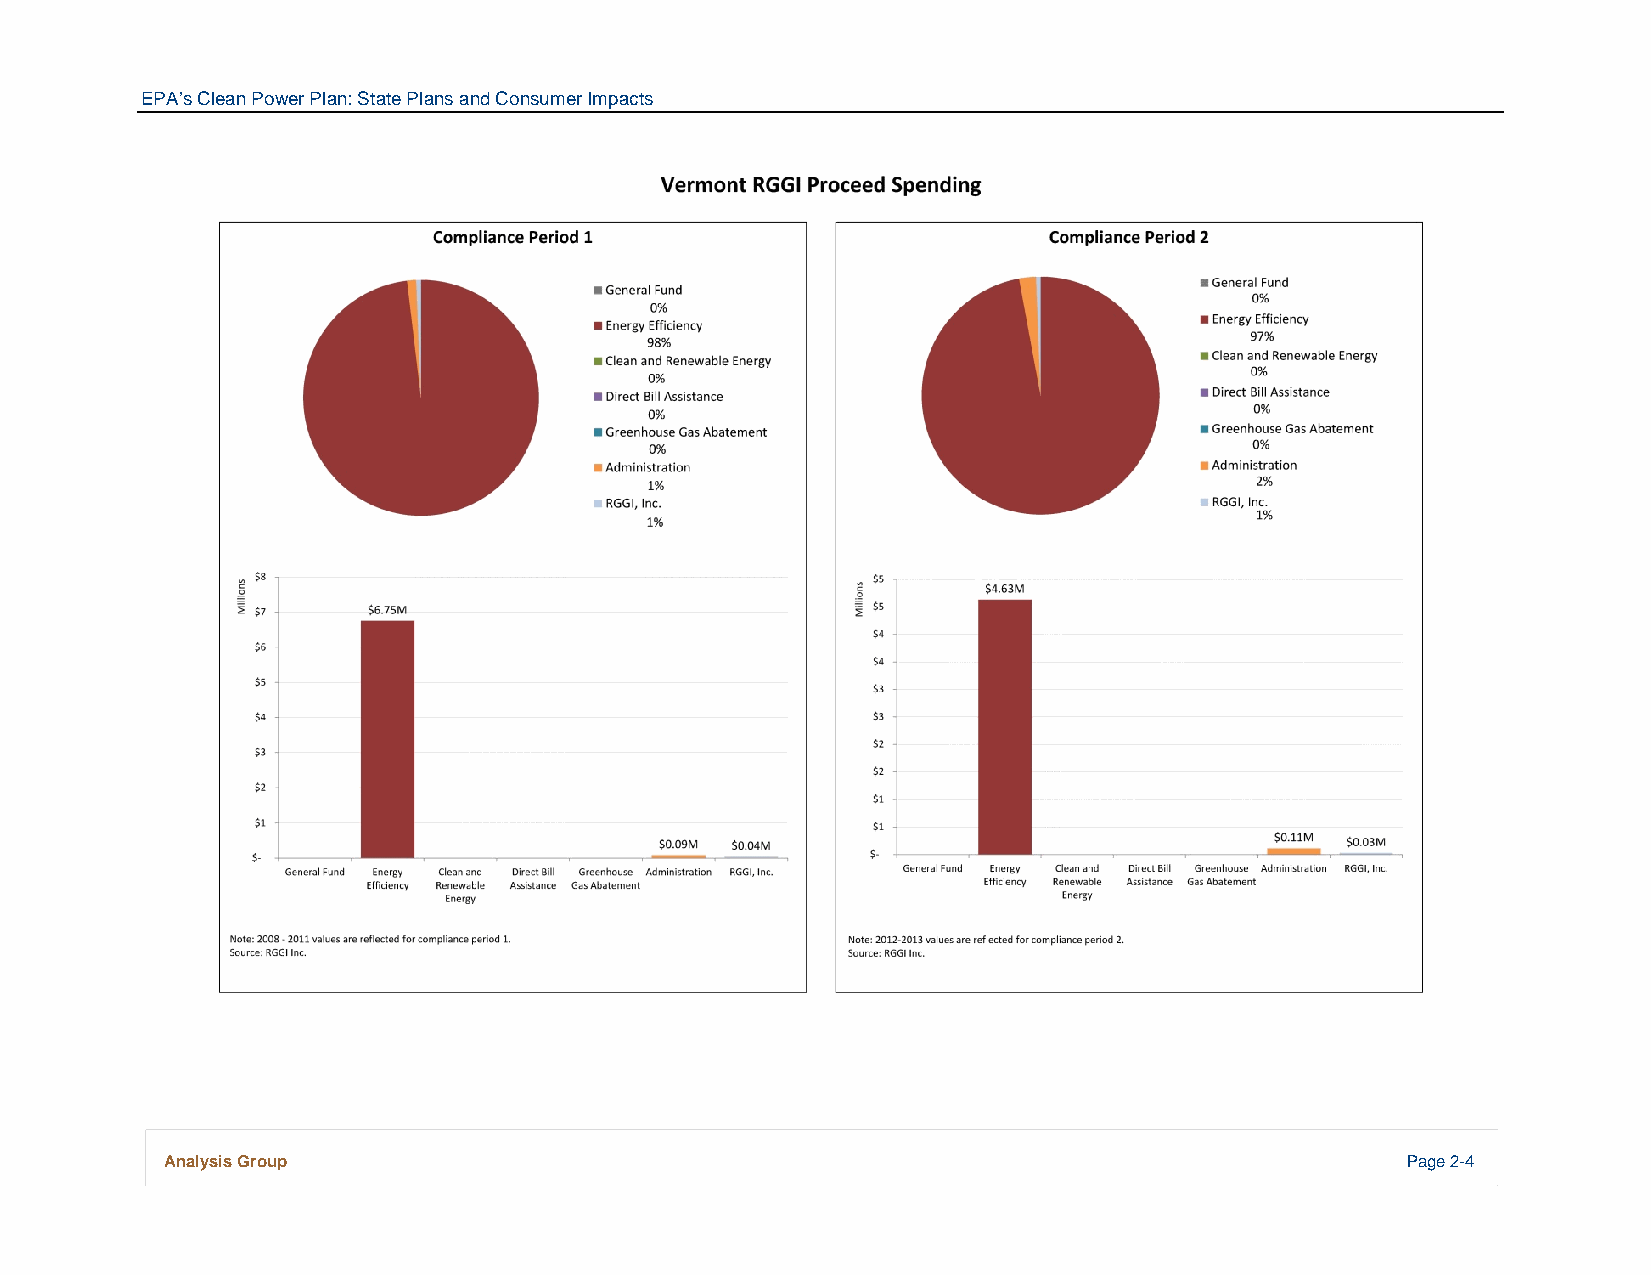
EPA’s Clean Power Plan: State Plans and Consumer Impacts
 Analysis Group                                                                    Page 2-4